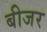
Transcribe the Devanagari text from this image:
बीजर